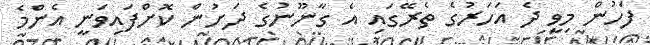
ފަހުން މިވީ ދެ އަހަރުގެ ތެރޭގައި އެ ގާނޫނުގެ ދަށުން ކޮށްފައިވަނީ އެންމެ